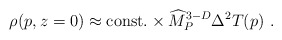
\begin{align*} \rho(p,z=0)\approx {\rm const.}\times {\widehat M}_P^{3-D}\Delta^2 T(p)~.\end{align*}